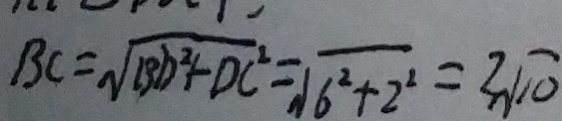
B C = \sqrt { B D ^ { 2 } + D C ^ { 2 } } = \sqrt { 6 ^ { 2 } + 2 ^ { 2 } } = 2 \sqrt { 1 0 }